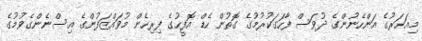
މިއަހަރުގެ އަންހެނުންގެ ދުވަސް ފާހަގަކުރުމުގެ ގޮތުން ހެޑް އޮފީހުގެ ފިރިހެން މުވައްޒަފުންގެ އިސްނެންގެވުމުގެ